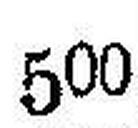
500